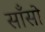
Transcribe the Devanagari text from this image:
साँसो